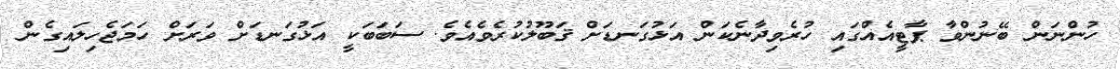
ހުންނަން ބޭނުންވާ ޕާޓީއެއްގައި ހުރެވިދާނެކަން އަޅުގަނޑަށް ޤަބޫލުކުރެވެއެވެ. ސަބަބަކީ އަޅުގަނޑަށް ވަރަށް ހަމަޖެހިލައިގެން